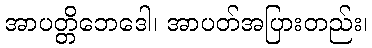
အာပတ္တိဘေဒေါ၊ အာပတ်အပြားတည်း၊